Scientific memoirs by medical officers of the Army of India - Part XII,
Year: 1901
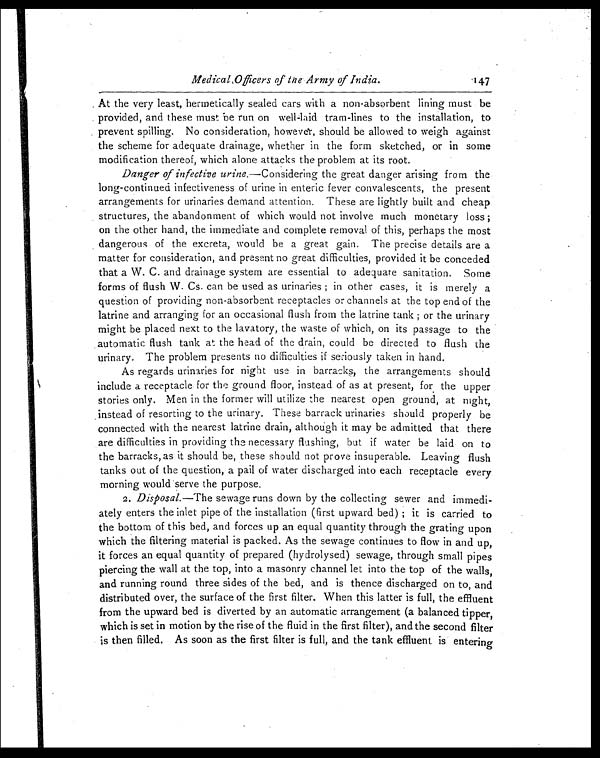
Medical Officers of the Army of India.
At the very least, hermetically sealed cars with a non-absorbent lining must be
provided, and these must be run on well-laid tram-lines to the installation, to
prevent spilling. No consideration, however, should be allowed to weigh against
the scheme for adequate drainage, whether in the form sketched, or in some
modification thereof, which alone attacks the problem at its root.
Danger of infective urine.—Considering the great danger arising from the
long-continued infectiveness of urine in enteric fever convalescents, the present
arrangements for urinaries demand attention. These are lightly built and cheap
structures, the abandonment of which would not involve much monetary loss;
on the other hand, the immediate and complete removal of this, perhaps the most
dangerous of the excreta, would be a great gain. The precise details are a
matter for consideration, and present no great difficulties, provided it be conceded
that a W. C. and drainage system are essential to adequate sanitation. Some
forms of flush W. Cs. can be used as urinaries; in other cases, it is merely a
question of providing non-absorbent receptacles or channels at the top end of the
latrine and arranging for an occasional flush from the latrine tank; or the urinary
might be placed next to the lavatory, the waste of which, on its passage to the
automatic flush tank at the head of the drain, could be directed to flush the
urinary. The problem presents no difficulties if seriously taken in hand.
As regards urinaries for night use in barracks, the arrangements should
include a receptacle for the ground floor, instead of as at present, for the upper
stories only. Men in the former will utilize the nearest open ground, at night,
instead of resorting to the urinary. These barrack urinaries should properly be
connected with the nearest latrine drain, although it may be admitted that there
are difficulties in providing the necessary flushing, but if water be laid on to
the barracks, as it should be, these should not prove insuperable. Leaving flush
tanks out of the question, a pail of water discharged into each receptacle every
morning would serve the purpose.
2. Disposal.—The sewage runs down by the collecting sewer and immedi
- a t e l y e n t e r s t h e i n l e t p i p e o f t h e i n s t a l l a t i o n ( f i r s t u p w a r d b e d ) ; i t i s c a r r i e d t o
the bottom of this bed, and forces up an equal quantity through the grating upon
which the filtering material is packed. As the sewage continues to flow in and up,
it forces an equal quantity of prepared (hydrolysed) sewage, through small pipes
piercing the wall at the top, into a masonry channel let into the top of the walls,
and running round three sides of the bed, and is thence discharged on to, and
distributed over, the surface of the first filter. When this latter is full, the effluent
from the upward bed is diverted by an automatic arrangement (a balanced tipper,
which is set in motion by the rise of the fluid in the first filter), and the second filter
is then filled. As soon as the first filter is full, and the tank effluent is entering